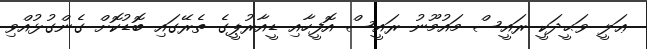
ޢަލީ ވަޙީދަކީ ރައީސް މައުމޫނު ރައީސް އޮފީހާއި ޑީއާރުޕީގެ ތެރޭގައި ބޮޑުކޮށް ގެންގުޅުއްވި